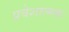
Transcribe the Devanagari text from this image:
प्रवेशात्मक